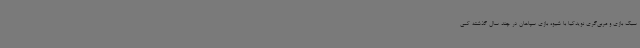
سبک بازی و مربی‌گری نویدکیا با شیوه بازی سپاهان در چند سال گذشته کمی